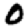
Digit: 0